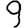
Digit: 9